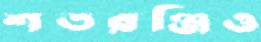
শতরঞ্জিও